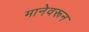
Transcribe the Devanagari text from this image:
मानेवरून